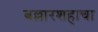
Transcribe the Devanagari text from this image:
बल्लारशहाचा